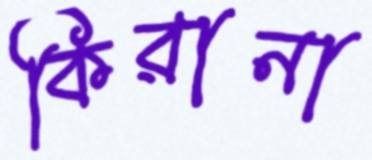
কিরানা